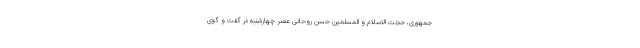
جمهوری، حجت الاسلام و المسلمین حسن روحانی عصر چهارشنبه در گفت و گوی